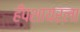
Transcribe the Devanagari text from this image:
हँपशायरला